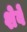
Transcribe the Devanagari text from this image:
शेवें